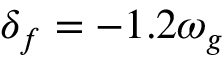
\delta _ { f } = - 1 . 2 \omega _ { g }